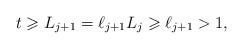
LaTeX: \begin{align*}t\geqslant L_{j+1}=\ell_{j+1}L_j\geqslant \ell_{j+1}>1,\end{align*}